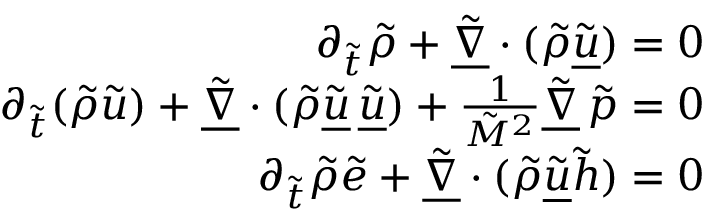
\begin{array} { r } { \partial _ { \tilde { t } } \tilde { \rho } + \underline { { \tilde { \nabla } } } \cdot ( \tilde { \rho } \underline { { \tilde { u } } } ) = 0 } \\ { \partial _ { \tilde { t } } ( \tilde { \rho } \tilde { u } ) + \underline { { \tilde { \nabla } } } \cdot ( \tilde { \rho } \underline { { \tilde { u } } } \, \underline { { \tilde { u } } } ) + \frac { 1 } { \tilde { M } ^ { 2 } } \underline { { \tilde { \nabla } } } \, \tilde { p } = 0 } \\ { \partial _ { \tilde { t } } \tilde { \rho } \tilde { e } + \underline { { \tilde { \nabla } } } \cdot ( \tilde { \rho } \underline { { \tilde { u } } } \tilde { h } ) = 0 } \end{array}